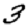
Digit: 3